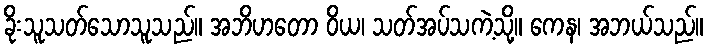
ခိုးသူသတ်သောသူသည်။ အဘိဟတော ဝိယ၊ သတ်အပ်သကဲ့သို့။ ကေန၊ အဘယ်သည်။